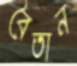
বৈতান